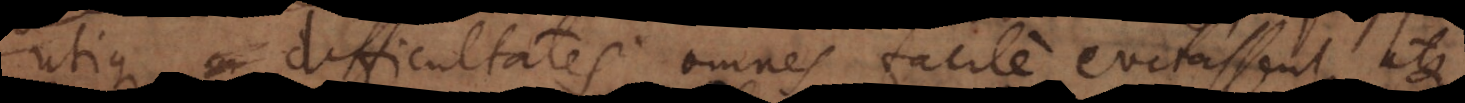
utique difficultates omnes facile evitassent, atque